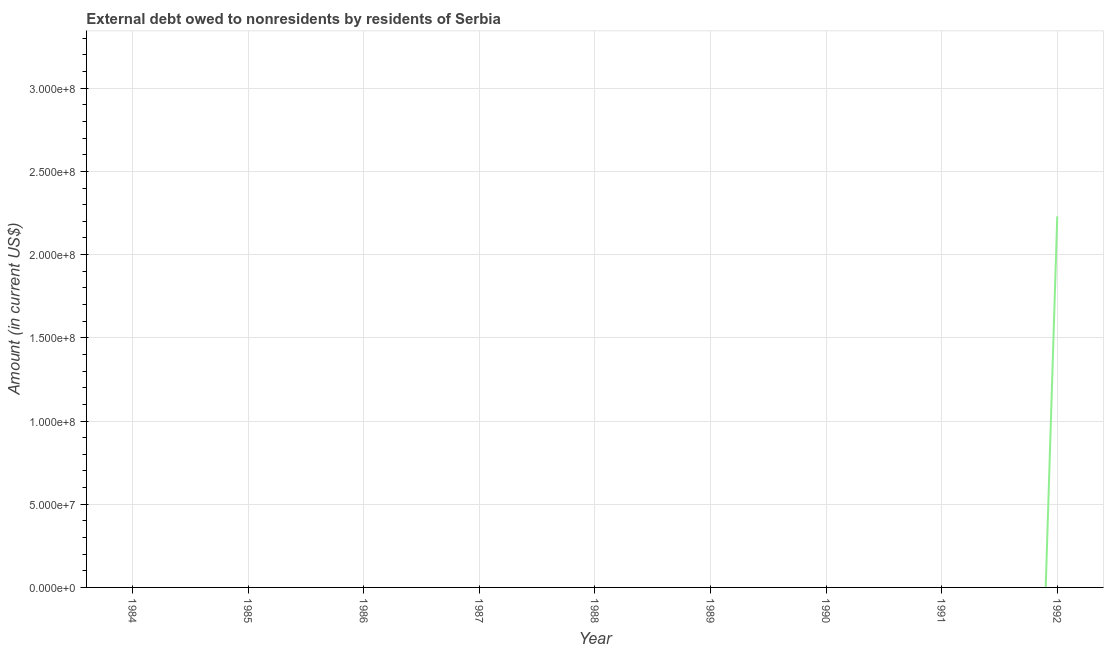
| Year | Debt |
 | --- | --- |
 | 1984 | -2.3e+08 |
 | 1985 | -1.89e+08 |
 | 1986 | -7.99e+08 |
 | 1987 | -1.39e+09 |
 | 1988 | -8.37e+08 |
 | 1989 | -1.44e+09 |
 | 1990 | -1.76e+09 |
 | 1991 | -2.01e+09 |
 | 1992 | 2.23e+08 |